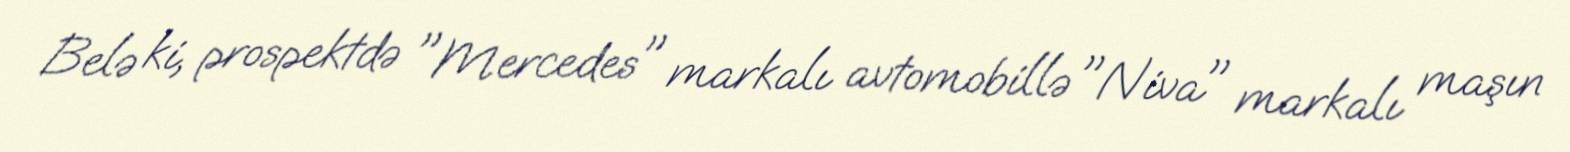
Belə ki, prospektdə "Mercedes" markalı avtomobillə "Niva" markalı maşın